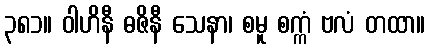
၃၈၁။ ဝါဟိနီ ဓဇိနီ သေနာ၊ စမူ စက္ကံ ဗလံ တထာ။